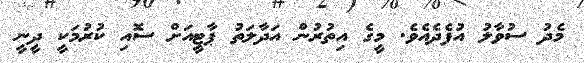
މެދު ސުވާލު އުފެދެއެވެ. މީގެ އިތުރުން އަދާލަތު ޕާޓީއަށް ސޮއި ކުރުމަކީ ދީނީ